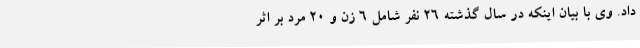
داد. وی با بیان اینکه در سال گذشته ۲۶ نفر شامل ۶ زن و ۲۰ مرد بر اثر